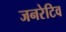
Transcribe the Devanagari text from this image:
जनरेटिव